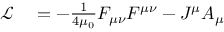
\begin{array} { r l } { { \mathcal { L } } } & { { } = - { \frac { 1 } { 4 \mu _ { 0 } } } F _ { \mu \nu } F ^ { \mu \nu } - J ^ { \mu } A _ { \mu } } \end{array}